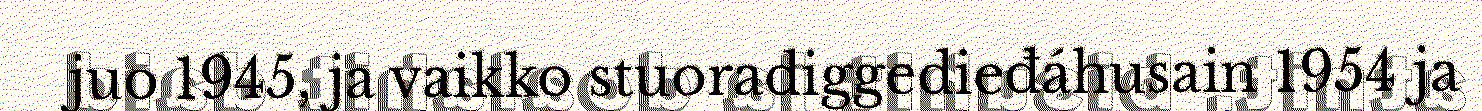
juo 1945, ja vaikko stuoradiggedieđáhusain 1954 ja